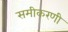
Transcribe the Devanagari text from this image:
समीकरणी